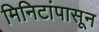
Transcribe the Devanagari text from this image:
मिनिटांपासून